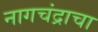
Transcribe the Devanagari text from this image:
नागचंद्राचा